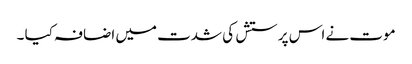
موت نے اس پرستش کی شدت میں اضافہ کیا ۔